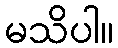
မသိပါ။